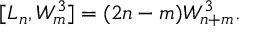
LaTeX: [ L _ { n } , W _ { m } ^ { 3 } ] = ( 2 n - m ) W _ { n + m } ^ { 3 } .